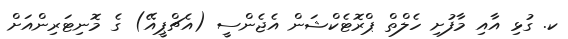
ކ. ގުޅި އާއި މާފުށި ހެލްތް ޕްރޮޓެކްޝަން އެޖެންސީ (އެޗްޕީއޭ) ގެ މޮނިޓަރިންއަށް